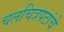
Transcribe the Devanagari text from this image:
चलचित्रपटांचे